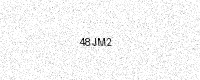
Text: 48JM2